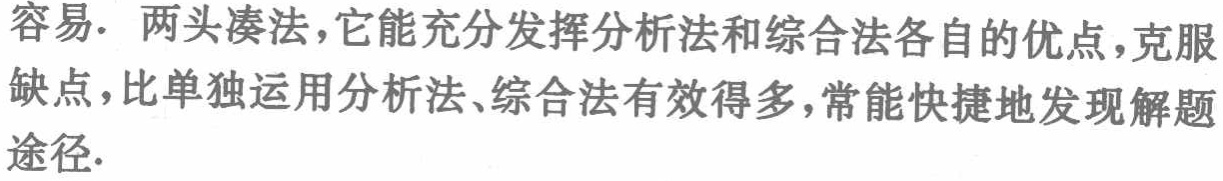
容易. 两头凑法,它能充分发挥分析法和综合法各自的优点,克服缺点,比单独运用分析法、综合法有效得多,常能快捷地发现解题途径.